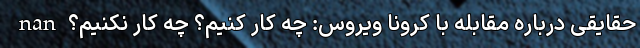
nan حقایقی درباره مقابله با کرونا ویروس: چه کار کنیم؟ چه کار نکنیم؟